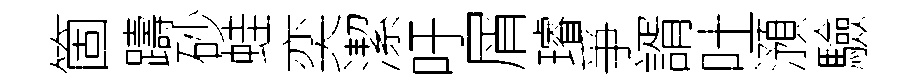
箇躊砂蛙奕潔吁屑璿爭諝吐澦驗